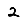
Digit: 2